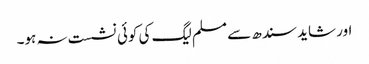
اور شاید سندھ سے مسلم لیگ کی کوئی نشست نہ ہو۔